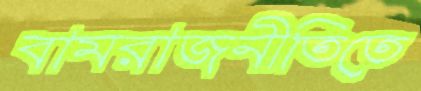
বামরাজনীতিতে